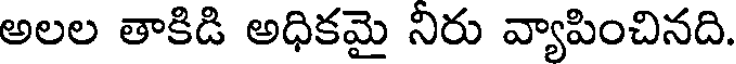
అలల తాకిడి అధికమై నిరు వ్యాపించినది.